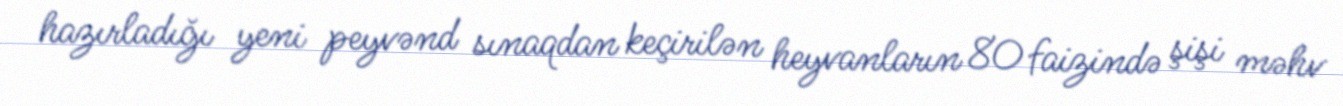
hazırladığı yeni peyvənd sınaqdan keçirilən heyvanların 80 faizində şişi məhv